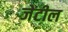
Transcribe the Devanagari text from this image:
जेंटील